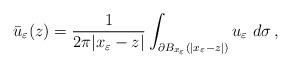
LaTeX: \begin{align*}\bar{u}_\varepsilon(z)=\frac{1}{2\pi |x_\varepsilon-z|}\int_{\partial B_{x_\varepsilon}(|x_\varepsilon-z|)} u_\varepsilon~d\sigma\,,\end{align*}